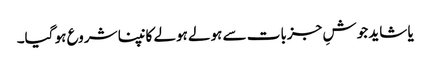
یا شاید جوشِ جزبات سے ہولے ہولے کانپنا شروع ہو گیا۔